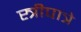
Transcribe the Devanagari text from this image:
स्त्रीपात्रे